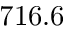
7 1 6 . 6